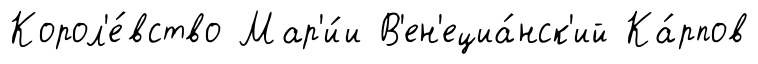
Корол'е́вство Мар'и́и В'ен'ециа́нск'ий Ка́рпов